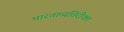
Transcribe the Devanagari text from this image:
भारताव्यतिरीक्त